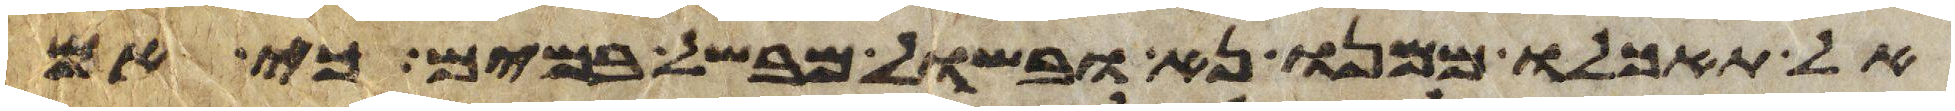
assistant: אל תאכלו ממנו נא ובשל מבשל במים כי אם